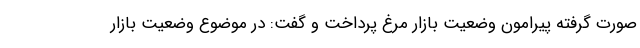
صورت گرفته پیرامون وضعیت بازار مرغ پرداخت و گفت: در موضوع وضعیت بازار